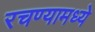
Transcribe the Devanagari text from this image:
रचण्यामध्ये